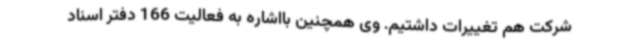
شرکت هم تغییرات داشتیم. وی همچنین بااشاره به فعالیت 166 دفتر اسناد